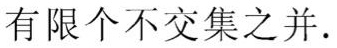
有限个不交集之并.